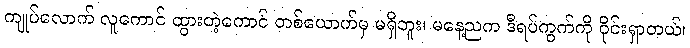
ကျုပ်လောက် လူကောင် ထွားတဲ့ကောင် တစ်ယောက်မှ မရှိဘူး၊ မနေ့ညက ဒီရပ်ကွက်ကို ဝိုင်းရှာတယ်၊